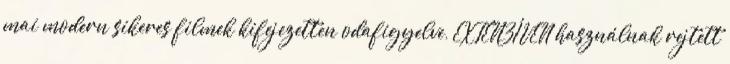
mai modern sikeres filmek kifejezetten odafigyelve, EXTENZÍVEN használnak rejtett